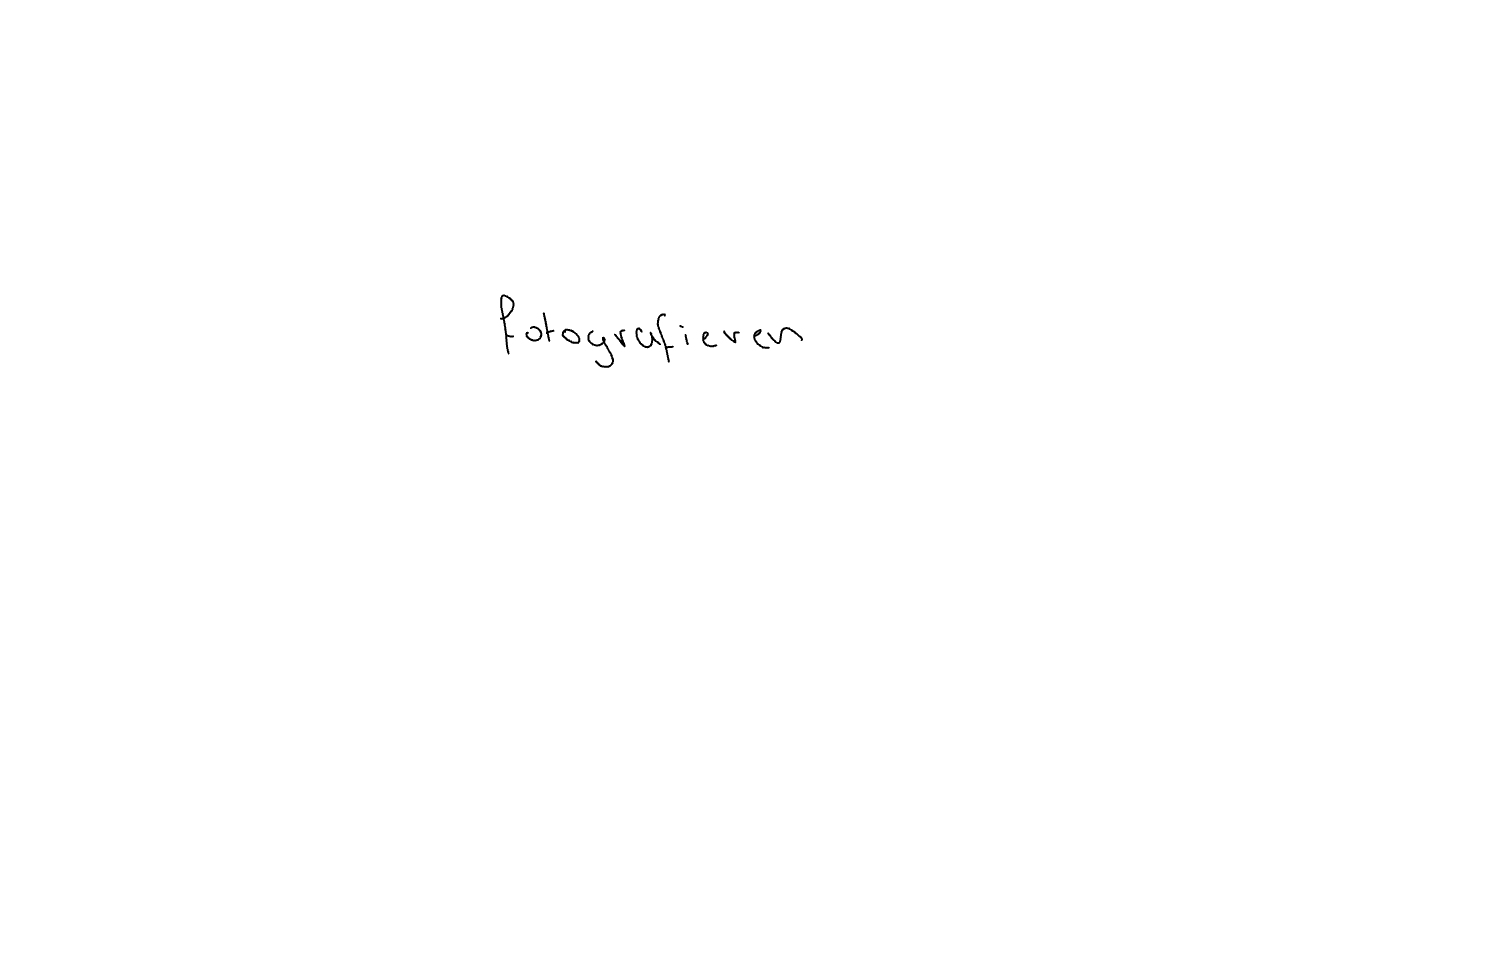
Text: fotografieren